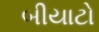
બીયાટો